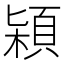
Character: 㯋